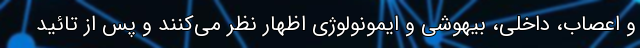
و اعصاب، داخلی، بیهوشی و ایمونولوژی اظهار نظر می‌کنند و پس از تائید